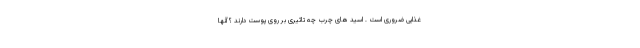
غذایی ضروری است . اسید های چرب چه تاثیری بر روی پوست دارند ؟ آنها